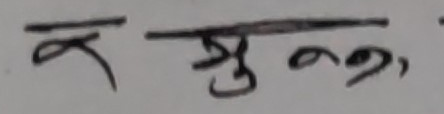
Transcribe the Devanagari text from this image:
कस्तुर्न२,